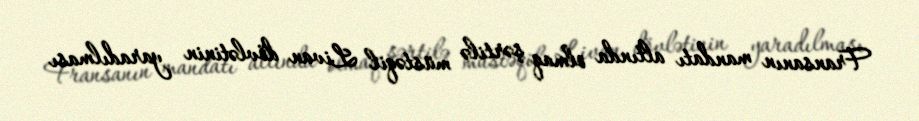
Fransanın mandatı altında olmaq şərtilə müstəqil Livan dövlətinin yaradılması